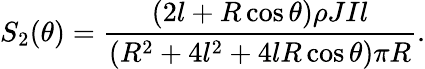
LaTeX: S_{2}(\theta)=\frac{\left(2l+R\cos\theta\right)\rho JIl}{\left(R^{2}+4l^{2}+4lR\cos\theta\right)\pi R}.